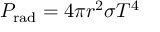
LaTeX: P _ { \mathrm { { r a d } } } = 4 \pi r ^ { 2 } \sigma T ^ { 4 }